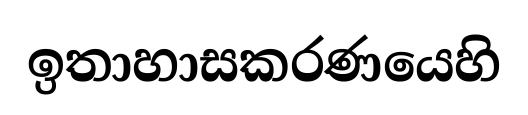
ඉතාහාසකරණයෙහි